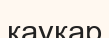
қауқар